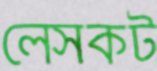
লেসকট